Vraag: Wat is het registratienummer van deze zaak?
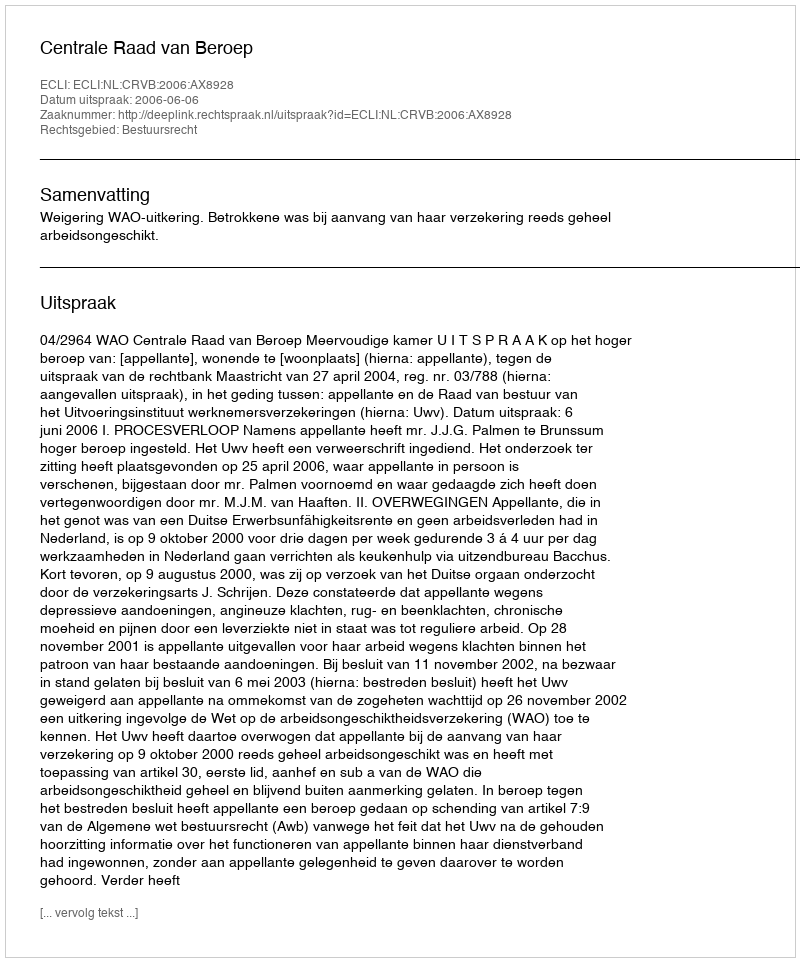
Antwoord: http://deeplink.rechtspraak.nl/uitspraak?id=ECLI:NL:CRVB:2006:AX8928